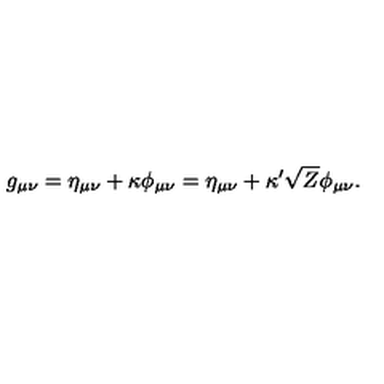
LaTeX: g _ { \mu \nu } = \eta _ { \mu \nu } + \kappa \phi _ { \mu \nu } = \eta _ { \mu \nu } + \kappa ^ { \prime } \sqrt { Z } \phi _ { \mu \nu } .